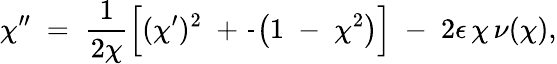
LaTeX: \chi^{\prime\prime}\; =\; \frac{1}{2\chi}\left[(\chi^{\prime})^{2}\; +\frac{}{}\left(1\; -\; \chi^{2}\right)\right]\; -\; 2\epsilon\, \chi\, \nu(\chi),